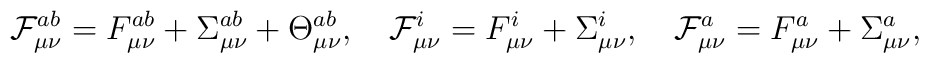
{\cal F}_{\mu \nu }^{ab}=F_{\mu \nu }^{ab}+\Sigma _{\mu \nu }^{ab}+\Theta_{\mu \nu }^{ab},\ \ \ {\cal F}_{\mu \nu }^i=F_{\mu \nu }^i+\Sigma _{\mu \nu}^i,\ \ \ {\cal F}_{\mu \nu }^a=F_{\mu \nu }^a+\Sigma _{\mu \nu }^a,